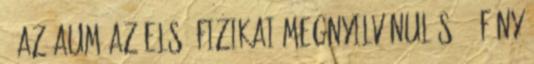
9 Az AUM az első fizikai megnyilvánulás 1. FÉNY